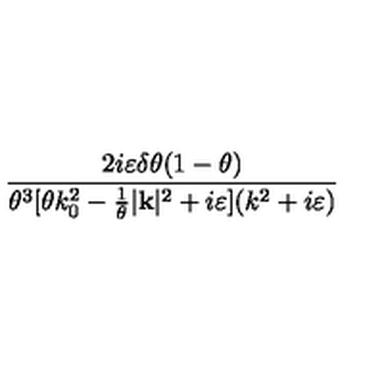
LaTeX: \frac { 2 i \varepsilon \delta \theta ( 1 - \theta ) } { \theta ^ { 3 } [ \theta k _ { 0 } ^ { 2 } - \frac { 1 } { \theta } | \mathbf { k } | ^ { 2 } + i \varepsilon ] ( k ^ { 2 } + i \varepsilon ) }